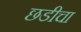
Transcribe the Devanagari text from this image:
छडीचा